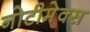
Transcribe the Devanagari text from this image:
नोटीमेक्स